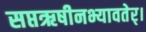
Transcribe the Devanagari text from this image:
सप्तऋषीनभ्यावतेर्।